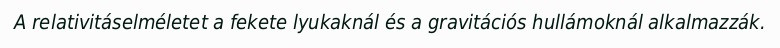
A relativitáselméletet a fekete lyukaknál és a gravitációs hullámoknál alkalmazzák.